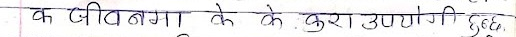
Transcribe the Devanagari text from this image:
क जीव बना के के कुरा उपयोगी हुँदो